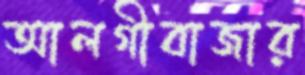
আলগীবাজার